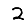
Digit: 2